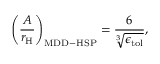
\left( \frac { A } { r _ { \mathrm { { H } } } } \right) _ { \mathrm { { M D D - H S P } } } = \frac { 6 } { \sqrt [ 3 ] { \epsilon _ { \mathrm { { t o l } } } } } ,